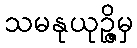
သမနုယုဉ္ဇိမှ